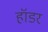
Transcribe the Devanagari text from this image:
हॉडर